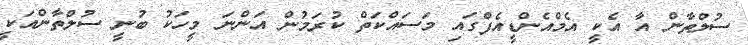
ސުލްތާން އާ އެކީ އެމްއެންޑީއެފްގައި މަސައްކަތް ކުރަމުން އަންނަ މީހަކު ބުނީ ސުލްތާންއަކީ